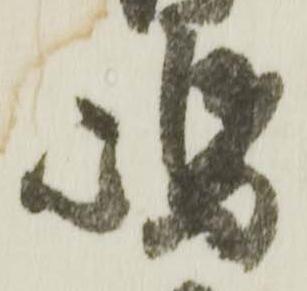
嶋